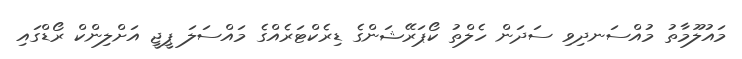
މައުލޫމާތު މުއްސަނދިވި ސަދަން ހެލްތު ކޯޕަރޭޝަންގެ ޑިރެކްޓަރެއްގެ މައްސަލަ ޕީޖީ އަށްލިންކް ރޯޑްގައި